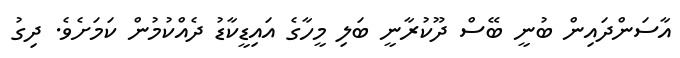
އާސަންދައިން ބުނީ ބޭސް ދޫކުރާނީ ބަލި މީހާގެ އައިޑީކާޑު ދެއްކުމުން ކަމަށެވެ. ދިގު